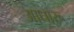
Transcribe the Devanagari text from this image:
आधारू